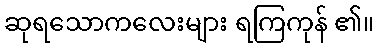
ဆုရသောကလေးများ ရကြကုန် ၏။